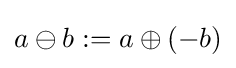
a\ominus b\mathrel {:=} a\oplus (-b)